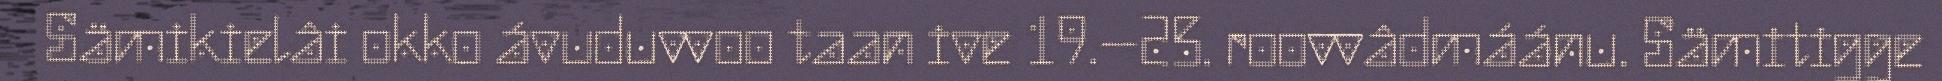
Sämikielâi okko ávuduvvoo taan ive 19.–25. roovvâdmáánu. Sämitigge